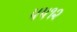
૫૫૧૨